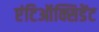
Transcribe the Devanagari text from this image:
एंटिऑक्सिडेंट